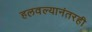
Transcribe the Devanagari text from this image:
हलवल्यानंतरही